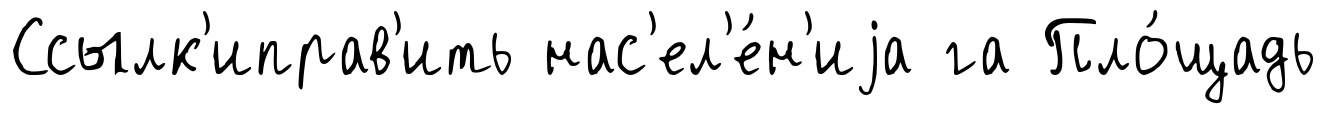
Ссылк'иправ'ить нас'ел'е́н'иjа га Пло́щадь